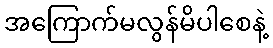
အကြောက်မလွန်မိပါစေနဲ့